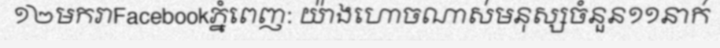
១២មករាFacebookភ្នំពេញ: យ៉ាងហោចណាស់មនុស្សចំនួន១១នាក់